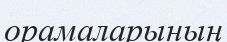
орамаларының